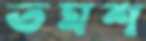
তমশ